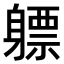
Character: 𬧯